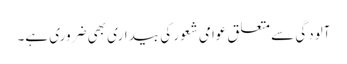
آلودگی سے متعلق عوامی شعور کی بیداری بھی ضروری ہے۔